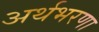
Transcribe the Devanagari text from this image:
अर्थभरणा